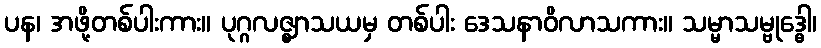
ပန၊ အဖို့တစ်ပါးကား။ ပုဂ္ဂလဇ္ဈာသယမှ တစ်ပါး ဒေသနာဝိလာသကား။ သမ္မာသမ္ဗုဒ္ဓေါ၊